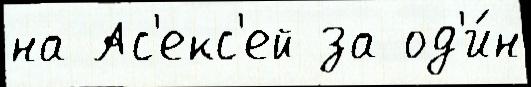
на Ас'екс'ей за од'и́н